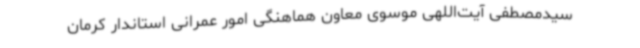
سیدمصطفی آیت‌اللهی موسوی معاون هماهنگی امور عمرانی استاندار کرمان